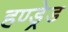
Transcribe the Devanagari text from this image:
हण्ड्रेड